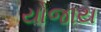
યોજાય